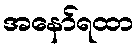
အနော်ရထာ